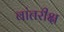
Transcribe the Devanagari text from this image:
वांतरीक्ष